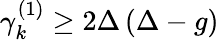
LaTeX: \begin{array}{r}{\gamma_{k}^{(1)}\ge 2\Delta\left(\Delta-g\right)}\end{array}